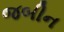
જબીન